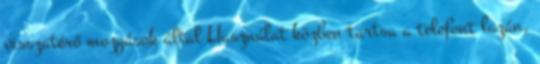
visszatérő mozgások által Használat közben tartsa a telefont lazán,